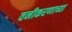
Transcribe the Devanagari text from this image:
वनीकरणाच्या